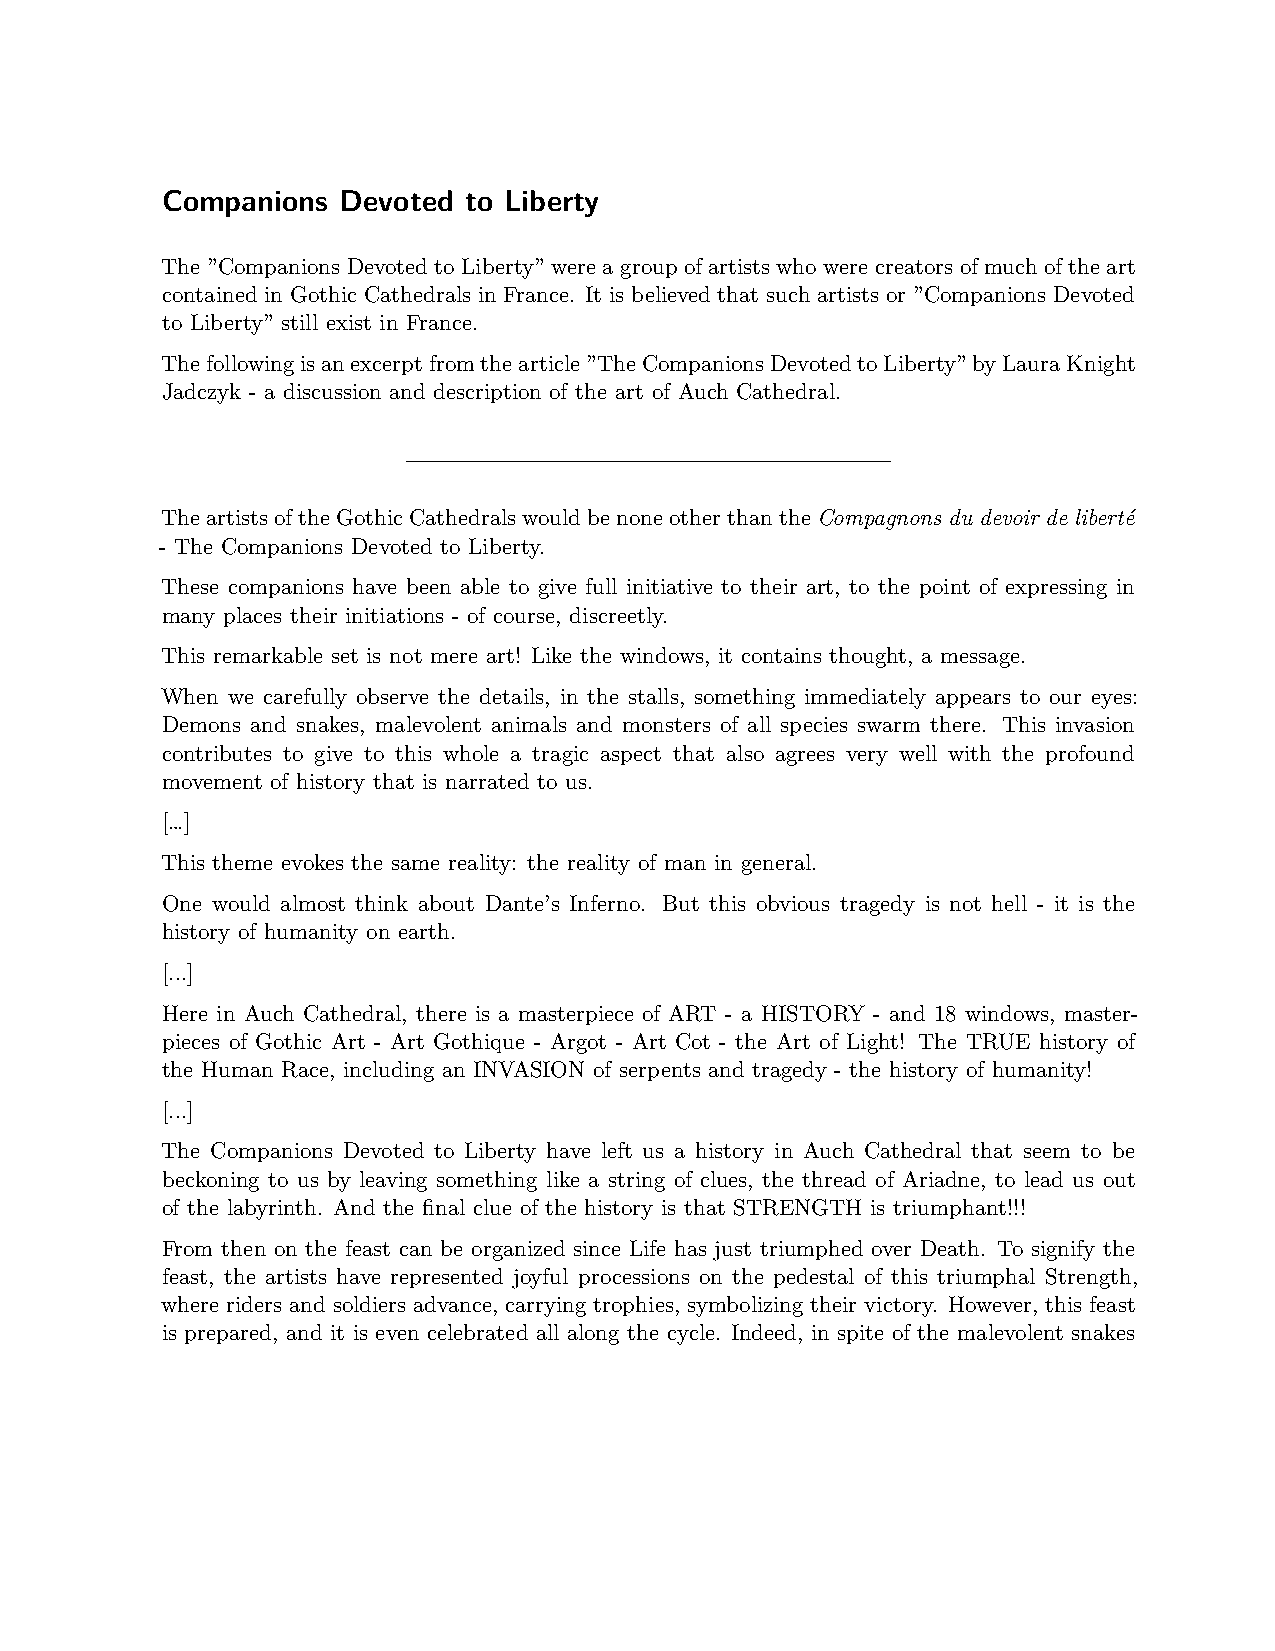
Companions Devoted  to Liberty
 The ”Companions Devoted to Liberty” were a group of artists who were creators of much of the art
 contained in Gothic Cathedrals in France. It is believed that such artists or ”Companions Devoted
 to Liberty” still exist in France.
 Thefollowingisanexcerptfromthearticle”TheCompanionsDevotedtoLiberty”byLauraKnight
 Jadczyk - a discussion and description of the art of Auch Cathedral.
 TheartistsoftheGothicCathedralswouldbenoneotherthantheCompagnons du devoir de liberté
 - The Companions Devoted to Liberty.
 These companions have been able to give full initiative to their art, to the point of expressing in
 many places their initiations - of course, discreetly.
 This remarkable set is not mere art! Like the windows, it contains thought, a message.
 When we carefully observe the details, in the stalls, something immediately appears to our eyes:
 Demons and snakes, malevolent animals and monsters of all species swarm there. This invasion
 contributes to give to this whole a tragic aspect that also agrees very well with the profound
 movement of history that is narrated to us.
 […]
 This theme evokes the same reality: the reality of man in general.
 One would almost think about Dante’s Inferno. But this obvious tragedy is not hell - it is the
 history of humanity on earth.
 [...]
 Here in Auch Cathedral, there is a masterpiece of ART - a HISTORY - and 18 windows, master-
 pieces of Gothic Art - Art Gothique - Argot - Art Cot - the Art of Light! The TRUE history of
 the Human Race, including an INVASION of serpents and tragedy - the history of humanity!
 [...]
 The Companions Devoted to Liberty have left us a history in Auch Cathedral that seem to be
 beckoning to us by leaving something like a string of clues, the thread of Ariadne, to lead us out
 of the labyrinth. And the final clue of the history is that STRENGTH is triumphant!!!
 From then on the feast can be organized since Life has just triumphed over Death. To signify the
 feast, the artists have represented joyful processions on the pedestal of this triumphal Strength,
 where riders and soldiers advance, carrying trophies, symbolizing their victory. However, this feast
 is prepared, and it is even celebrated all along the cycle. Indeed, in spite of the malevolent snakes